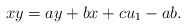
\begin{align*}xy=ay+bx+cu_1-ab.\end{align*}